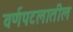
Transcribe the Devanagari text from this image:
वर्णपटलातील